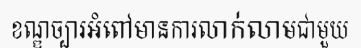
ខណ្ឌច្បារអំពៅមានការលាក់លាមជាមួយ